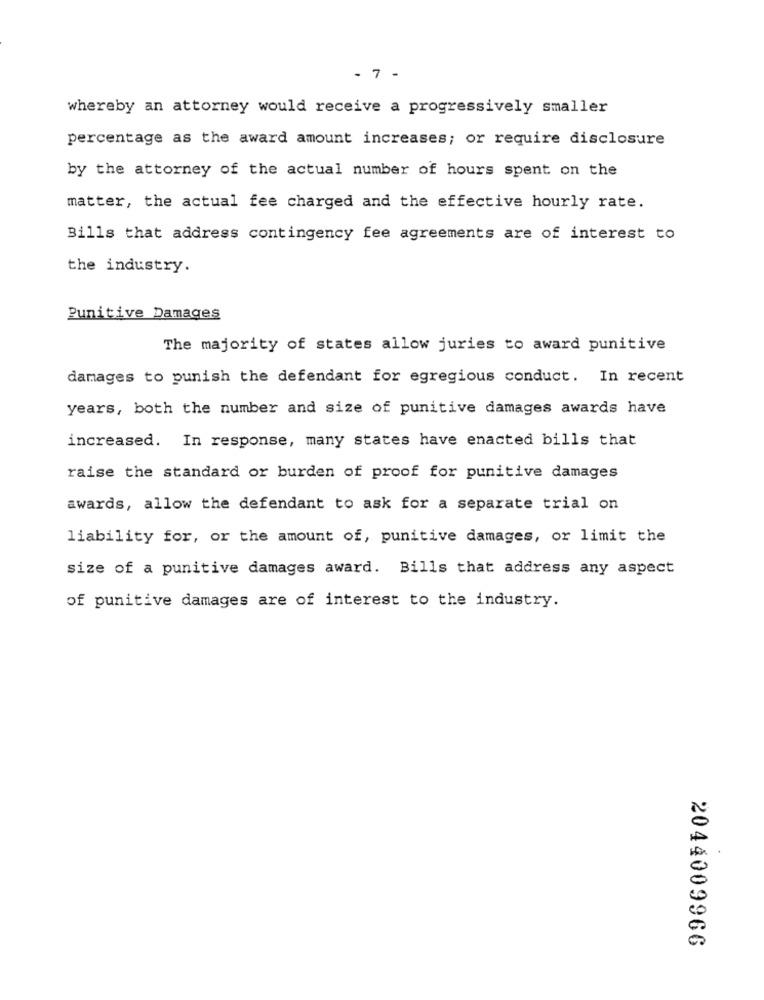
- 7 -
whereby an attorney would receive a progressively smaller
percentage as the award amount increases; or require disclosure
by the attorney of the actual number of hours spent on the
matter, the actual fee charged and the effective hourly rate.
Bills that address contingency fee agreements are of interest to
the industry.
Punitive Damages
The majority of states allow juries to award punitive
damages to punish the defendant for egregious conduct. In recent
years, both the number and size of punitive damages awards have
increased. In response, many states have enacted bills that
raise the standard or burden of proof for punitive damages
awards, allow the defendant to ask for a separate trial on
liability for, or the amount of, punitive damages, or limit the
size of a punitive damages award. Bills that address any aspect
of punitive damages are of interest to the industry.
2044009966